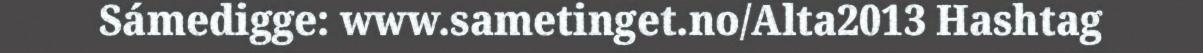
Sámedigge: www.sametinget.no/Alta2013 Hashtag